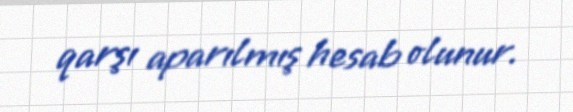
qarşı aparılmış hesab olunur.